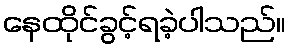
နေထိုင်ခွင့်ရခဲ့ပါသည်။